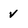
Character: v